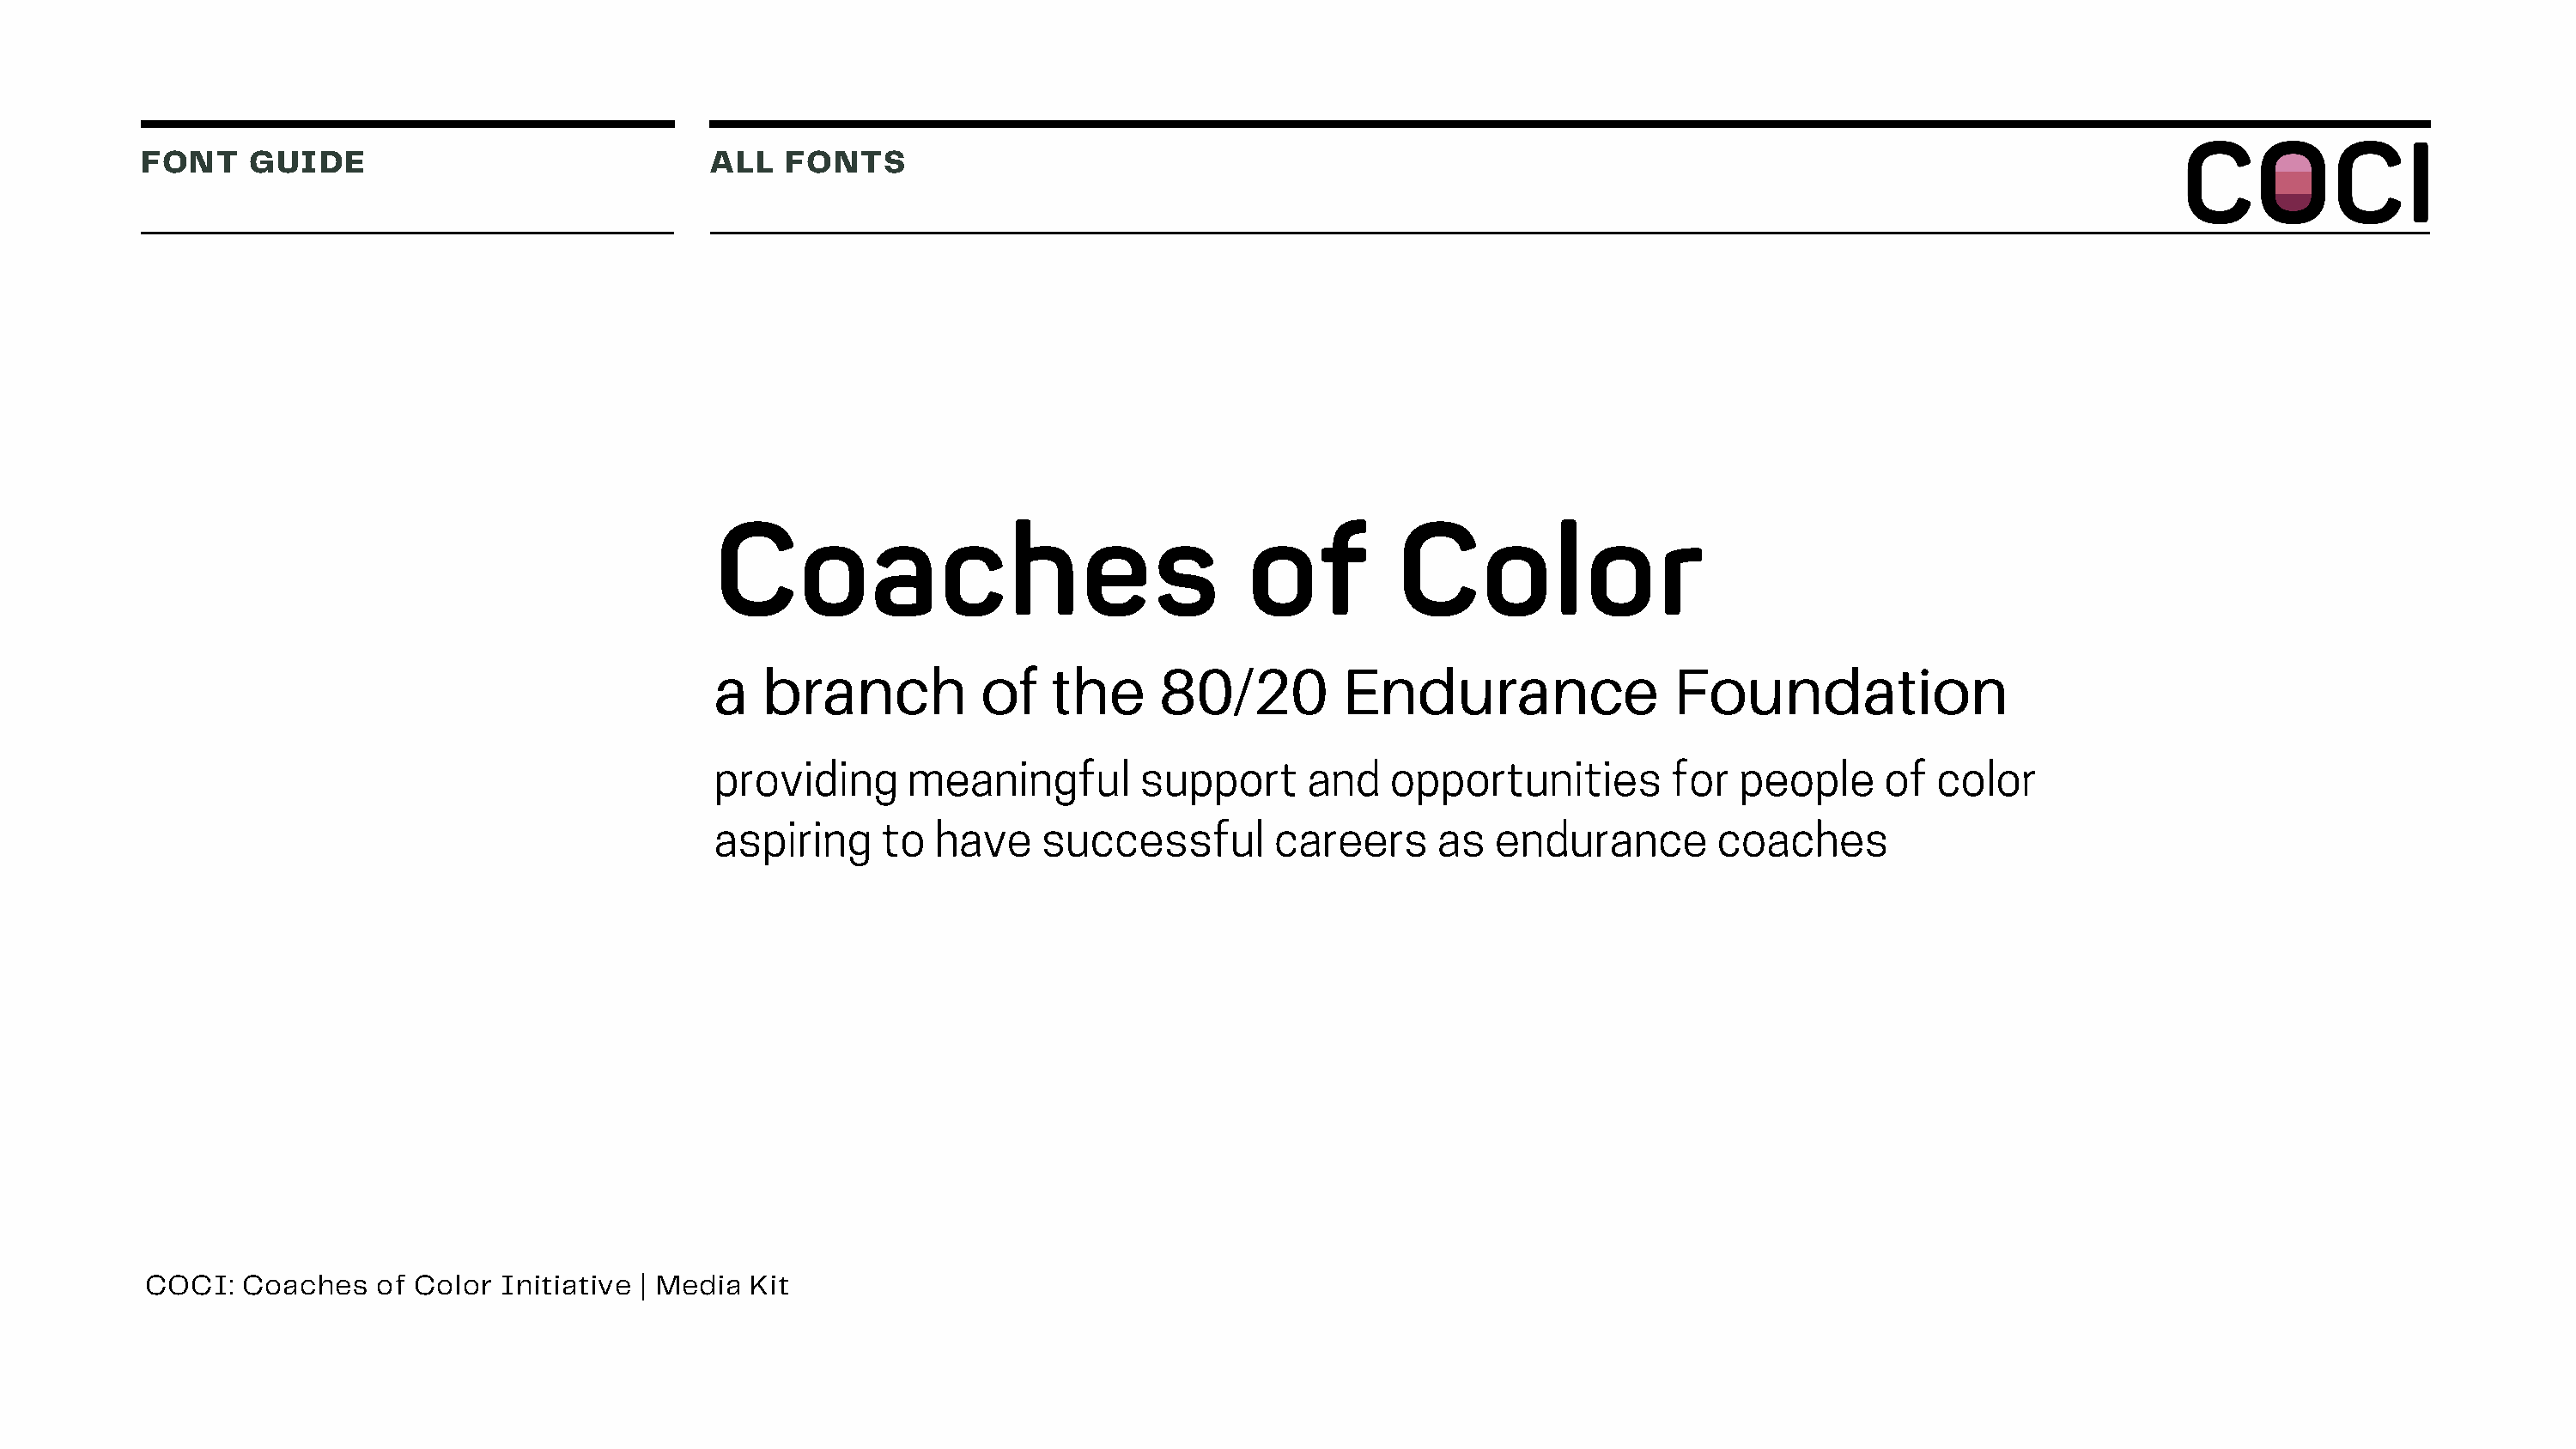
FONT    GUIDE                               ALL   FONTS
 Coaches                                  of          Color
 a   branch           of   the     80/20         Endurance                 Foundation
 providing      meaningful        support      and   opportunities         for  people     of  color
 aspiring     to  have    successful        careers      as  endurance        coaches
 COCI:   Coaches   of Color  Initiative | Media Kit